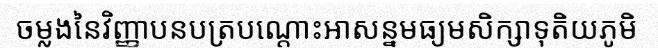
ចម្លងនៃវិញ្ញាបនបត្របណ្តោះអាសន្នមធ្យមសិក្សាទុតិយភូមិ